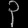
Digit: ၃